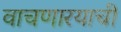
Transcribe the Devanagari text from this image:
वाचणारयाची